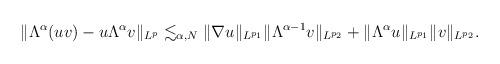
LaTeX: \begin{align*}\begin{aligned} \Vert \Lambda^{\alpha}(uv)- u\Lambda^{\alpha}v \Vert_{L^p} \lesssim_{\alpha,N} \Vert\nabla u \Vert_{L^{p_1}} \Vert \Lambda^{\alpha-1}v \Vert_{L^{p_2}}+\Vert \Lambda^{\alpha}u \Vert_{L^{p_1}} \Vert v \Vert_{L^{p_2}}.\end{aligned}\end{align*}